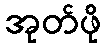
အုတ်ဖို